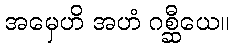
အမှေဟိ အဟံ ဂစ္ဆီယေ။